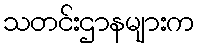
သတင်းဌာနများက